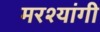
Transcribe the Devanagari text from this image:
मरश्यांगी